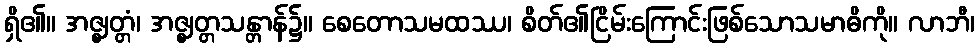
ရှိ၏။ အဇ္ဈတ္တံ၊ အဇ္ဈတ္တသန္တာန်၌။ စေတောသမထဿ၊ စိတ်၏ငြိမ်းကြောင်းဖြစ်သောသမာဓိကို။ လာဘီ၊